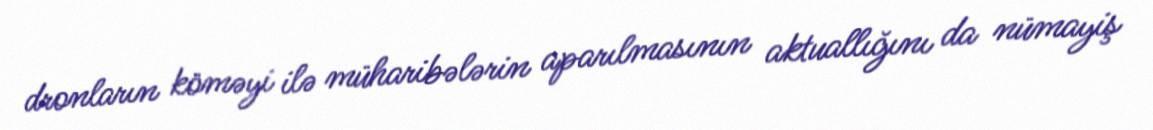
dronların köməyi ilə müharibələrin aparılmasının aktuallığını da nümayiş